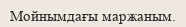
Мойнымдағы маржаным.